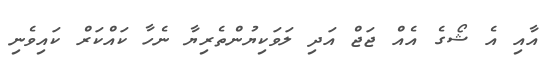
އާއި އެ ޝޯގެ އެއް ޖަޖް އަދި ލަވަކިޔުންތެރިޔާ ނެހާ ކައްކަރް ކައިވެނި